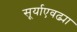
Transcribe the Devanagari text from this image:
सूर्याएवढ्या